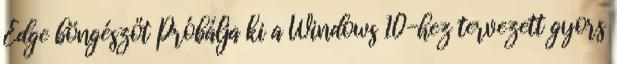
Edge böngészőt Próbálja ki a Windows 10-hez tervezett gyors